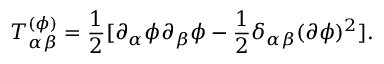
T _ { \alpha \beta } ^ { ( \phi ) } = { \frac { 1 } { 2 } } [ \partial _ { \alpha } \phi \partial _ { \beta } \phi - { \frac { 1 } { 2 } } \delta _ { \alpha \beta } ( \partial \phi ) ^ { 2 } ] .